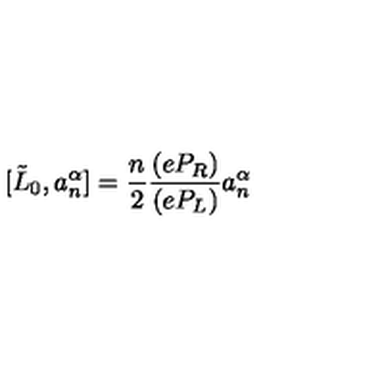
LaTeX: [ \tilde { L } _ { 0 } , a _ { n } ^ { \alpha } ] = \frac { n } { 2 } \frac { ( e P _ { R } ) } { ( e P _ { L } ) } a _ { n } ^ { \alpha }